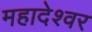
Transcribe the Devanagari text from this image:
महादेश्वर